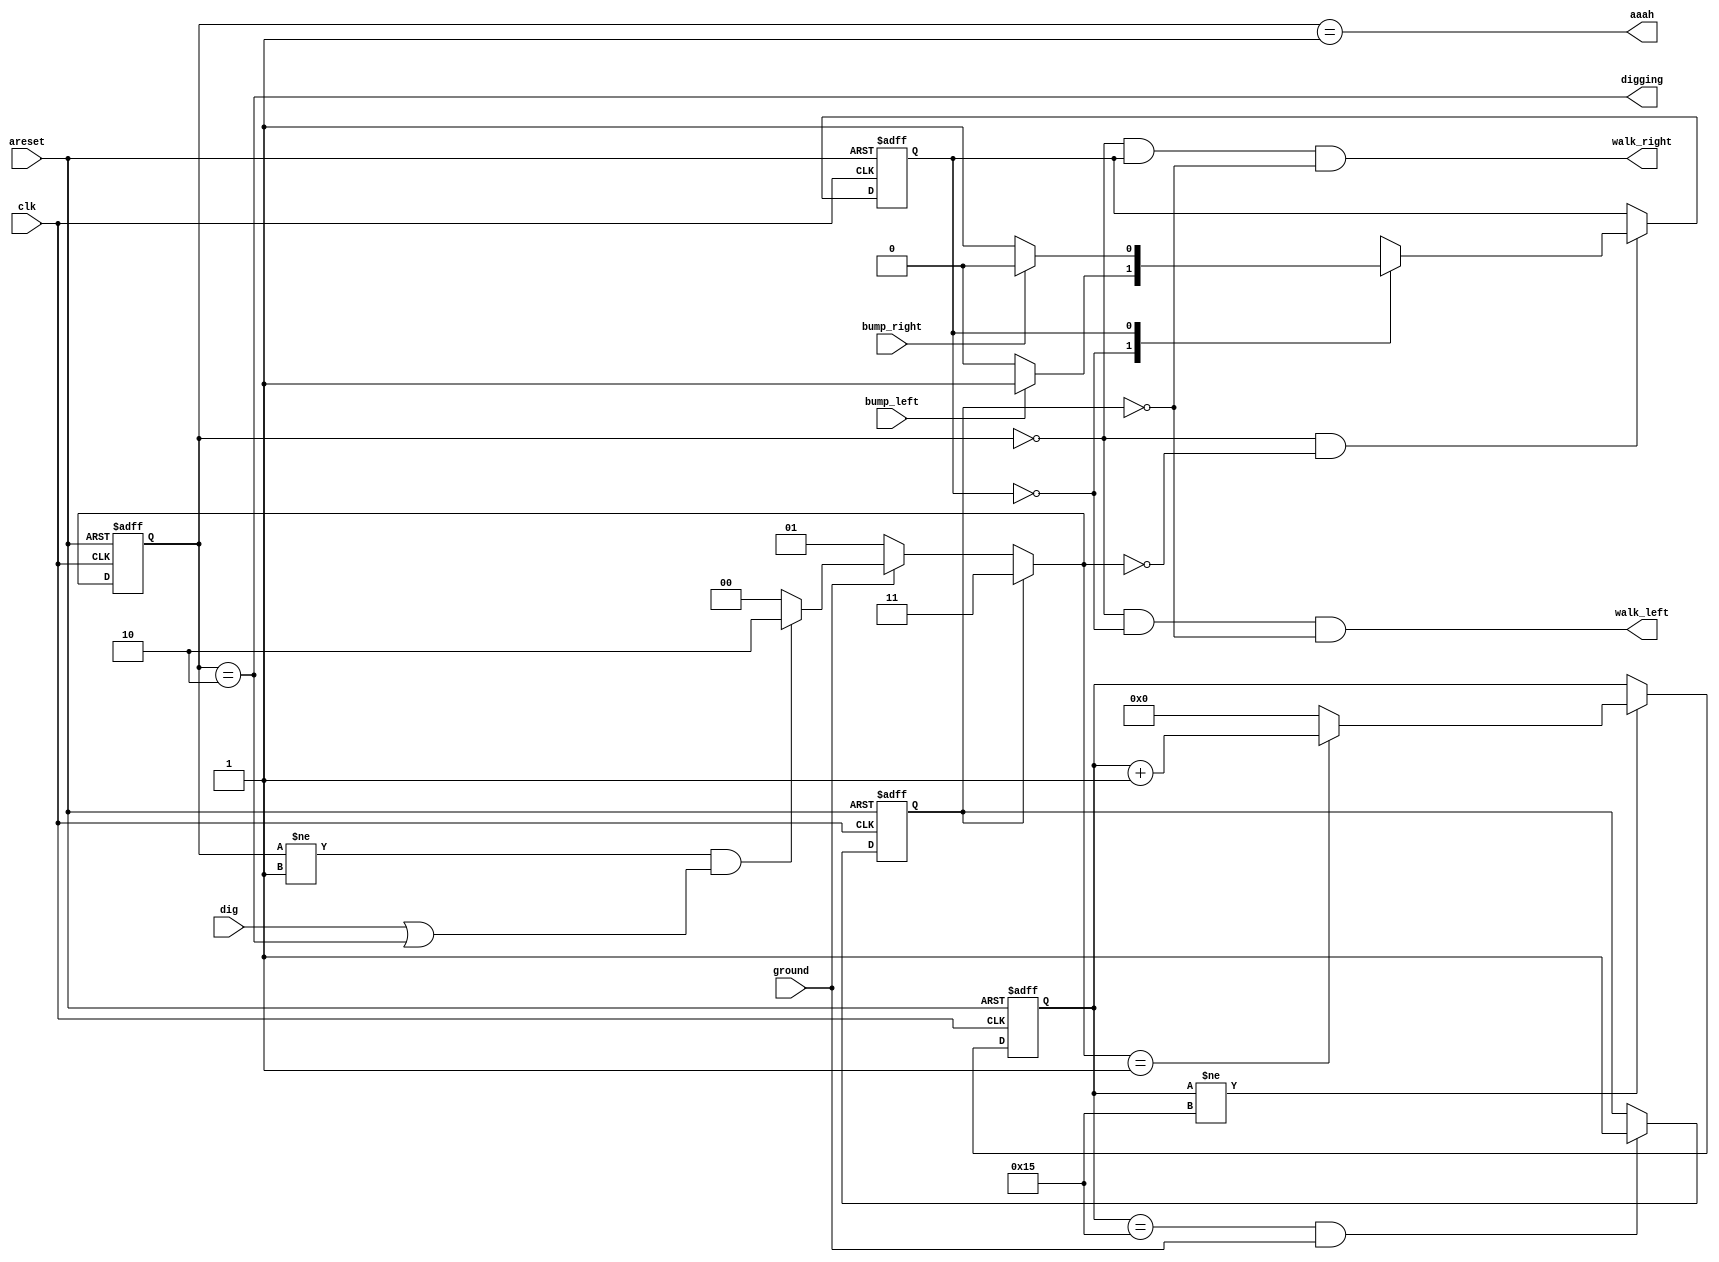
module top_module(
    input clk,
    input areset,    // Freshly brainwashed Lemmings walk left.
    input bump_left,
    input bump_right,
    input ground,
    input dig,
    output walk_left,
    output walk_right,
    output aaah,
    output digging ); 

    parameter WALK=2'b00, FALL=2'b01, DIG=2'b10, SPLAT=2'b11;
    parameter LEFT=1'b0, RIGHT=1'b1;

    reg [1:0] state, n_state;
    reg direction, n_dir;
    reg [4:0] fall_cnt;
    reg splatter;

    always @(*) begin
        if(splatter) n_state = SPLAT;
        else if(~ground) n_state = FALL;
        else if((state != FALL) & (dig | (state == DIG))) n_state = DIG;
        else n_state = WALK;
    end

    always @(*) begin
        if((state == WALK) & (n_state == WALK))
            case (direction)
                LEFT: n_dir = (bump_left) ? RIGHT : LEFT;
                RIGHT: n_dir = (bump_right) ? LEFT : RIGHT;
            endcase
        else n_dir = direction;
    end

    always @(posedge clk, posedge areset) begin
        if(areset) state <= LEFT;
        else state <= n_state;
    end

    always @(posedge clk, posedge areset) begin
        if(areset) direction <= WALK;
        else direction <= n_dir;
    end

    always @(posedge clk, posedge areset) begin
        if(areset) fall_cnt <= 0;
        else if(fall_cnt != 21)
            if(n_state == FALL) fall_cnt <= fall_cnt + 1;
            else fall_cnt <= 0;
    end

    always @(posedge clk, posedge areset) begin
        if(areset) splatter <= 0;
        else if((fall_cnt == 21) & (ground)) splatter <= 1;
    end

    assign walk_left = (state == WALK) & (direction == LEFT) & (splatter == 0);
    assign walk_right = (state == WALK) & (direction == RIGHT) & (splatter == 0);
    assign aaah = (state == FALL);
    assign digging = (state == DIG);

endmodule